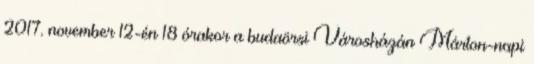
2017. november 12-én 18 órakor a budaörsi Városházán Márton-napi